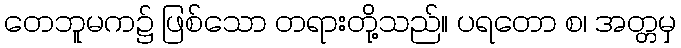
တေဘူမက၌ ဖြစ်သော တရားတို့သည်။ ပရတော စ၊ အတ္တမှ